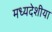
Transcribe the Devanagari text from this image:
मध्यदेशीया